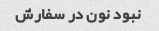
نبود نون در سفارش